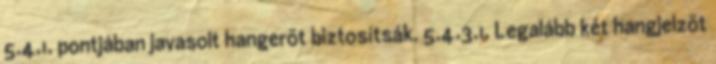
5.4.1. pontjában javasolt hangerõt biztosítsák. 5.4.3.1. Legalább két hangjelzõt